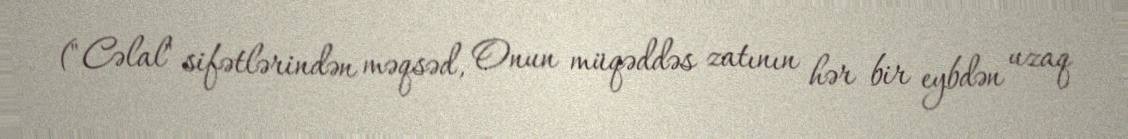
("Cəlal" sifətlərindən məqsəd, Onun müqəddəs zatının hər bir eybdən uzaq